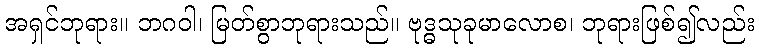
အရှင်ဘုရား။ ဘဂဝါ၊ မြတ်စွာဘုရားသည်။ ဗုဒ္ဓသုခုမာလောစ၊ ဘုရားဖြစ်၍လည်း